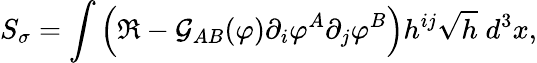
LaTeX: S_{\sigma}=\int\left(\Re-{\cal G}_{AB}(\varphi)\partial_{i}\varphi^{A}\partial_{j}\varphi^{B}\right)h^{ij}\sqrt{h}\; d^{3}x,